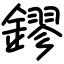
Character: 鏐